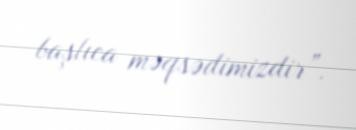
başlıca məqsədimizdir”.